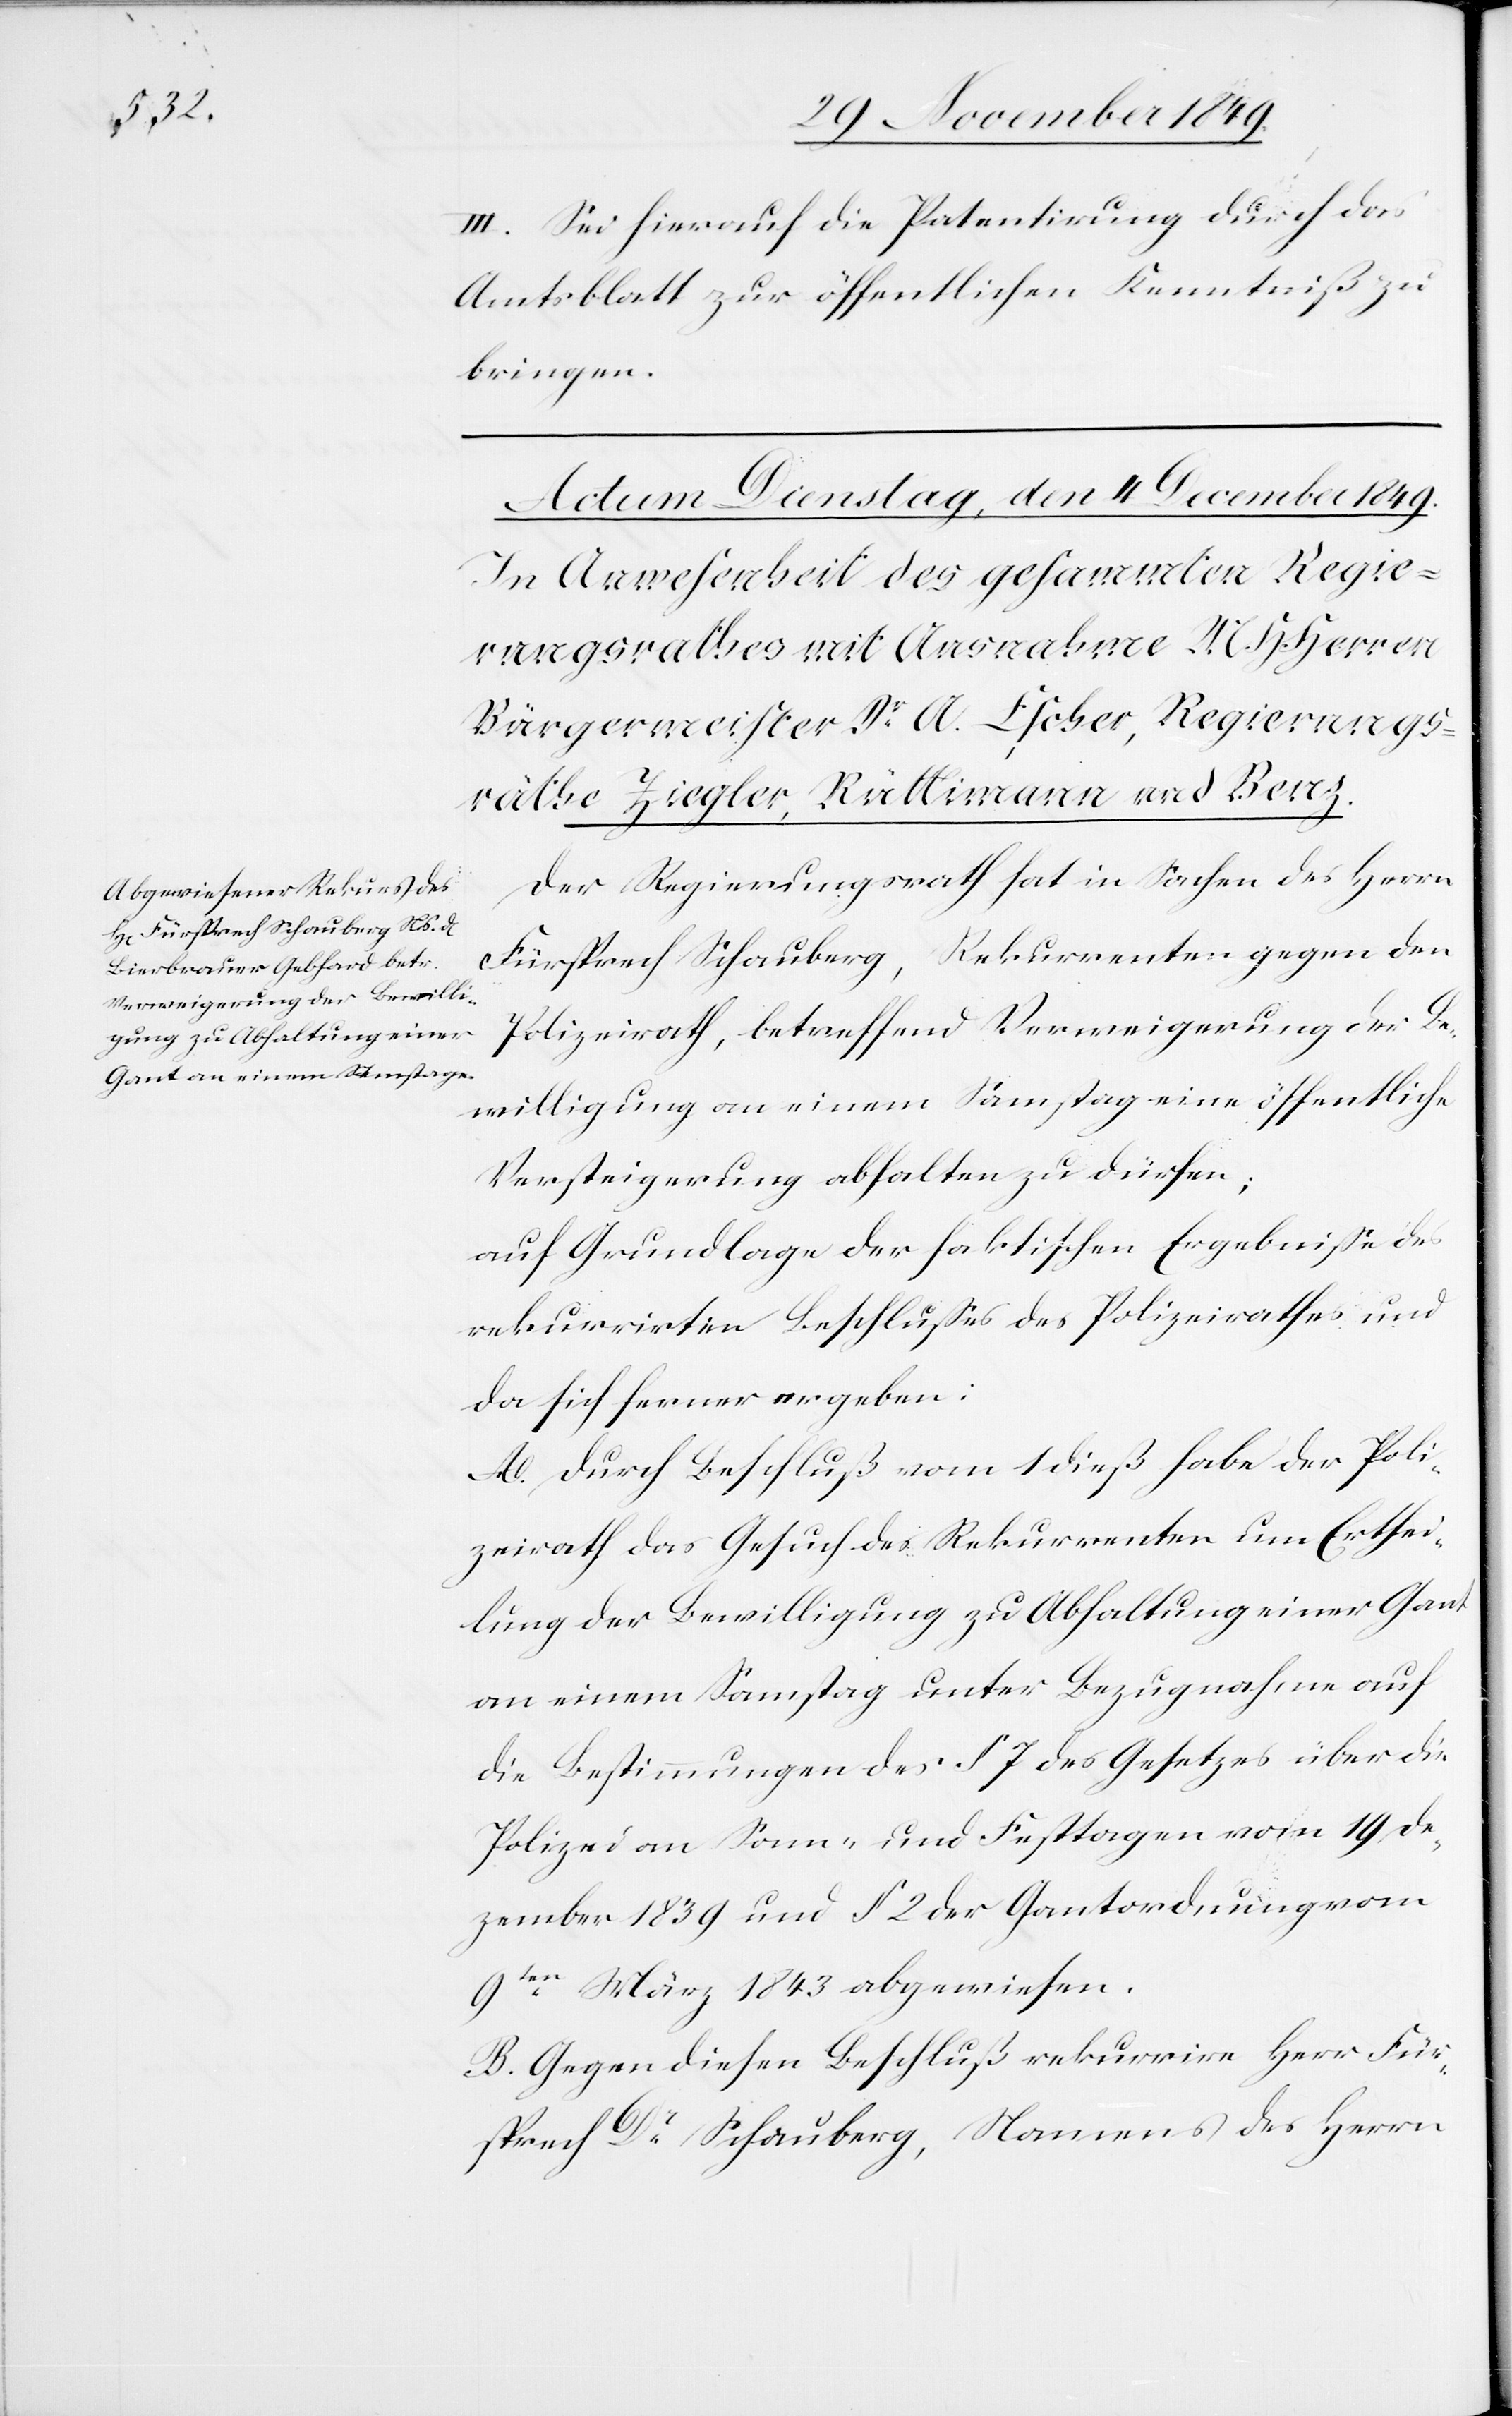
III. Sei hierauf die Patentirung durch das
Amtsblatt zur öffentlichen Kenntniß zu
bringen.
Der Regierungsrath hat in Sachen des Herrn
Fürsprech Schauberg, Rekurrenten gegen den
Polizeirath, betreffend Verweigerung der Be¬
willigung an einem Samstag eine öffentliche
Versteigerung abhalten zu dürfen;
auf Grundlage der faktischen Ergebniße des
rekurrirten Beschlußes des Polizeirathes und
das sich ferner ergeben:
A. Durch Beschluß vom 1 dieß habe der Poli¬
zeirath das Gesuch des Rekurrenten um Erthei¬
lung der Bewilligung zu Abhaltung einer Gant
an einem Samstag unter Bezugnahme auf
die Bestimmungen des § 7 des Gesetzes über die
Polizei an Sonn- und Festtagen vom 19 De¬
zember 1839 und § 2 der Gantordnung vom
9ten März 1843 abgewiesen.
B. Gegen diesen Beschluß rekurrire Herr Für¬
sprech Dr Schauberg, Namens des Herrn